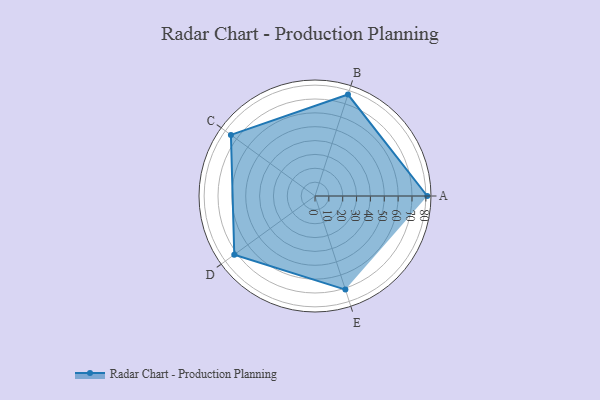
{"axis": {"x": "Skill", "y": "Score"}, "legend": ["Profile"], "data": [{"x": "A", "y": 81.0, "type": "Profile"}, {"x": "B", "y": 77.0, "type": "Profile"}, {"x": "C", "y": 75.0, "type": "Profile"}, {"x": "D", "y": 72.0, "type": "Profile"}, {"x": "E", "y": 71.0, "type": "Profile"}]}